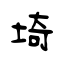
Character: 埼